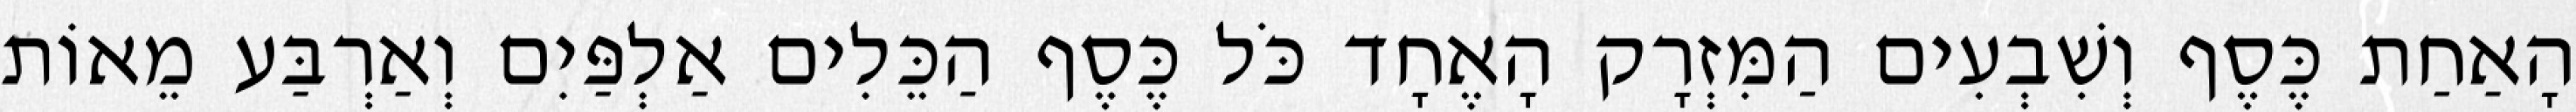
הָאַחַת כֶּסֶף וְשִׁבְעִים הַמִּזְרָק הָאֶחָד כֹּל כֶּסֶף הַכֵּלִים אַלְפַּיִם וְאַרְבַּע מֵאוֹת